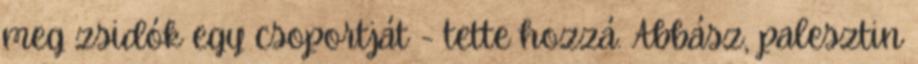
meg zsidók egy csoportját - tette hozzá. Abbász, palesztin